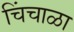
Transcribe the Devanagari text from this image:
चिंचाळा